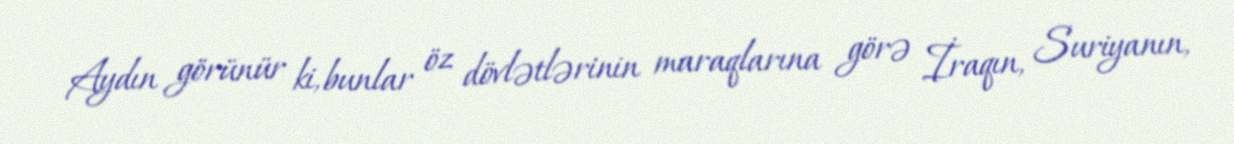
Aydın görünür ki, bunlar öz dövlətlərinin maraqlarına görə İraqın, Suriyanın,